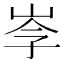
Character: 𡥏